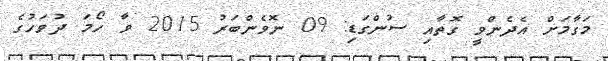
މަގާމަށް އެދެންވީ ގޮތާއި ސުންގަޑި: 09 ނޮވެންބަރު 2015 ވާ ހޯމަ ދުވަހުގެ